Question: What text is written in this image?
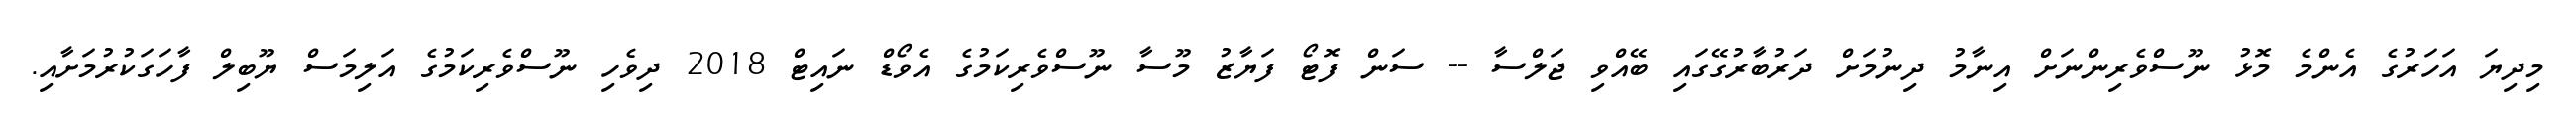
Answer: މިދިޔަ އަހަރުގެ އެންމެ މޮޅު ނޫސްވެރިންނަށް އިނާމު ދިނުމަށް ދަރުބާރުގޭގައި ބޭއްވި ޖަލްސާ -- ސަން ފޮޓޯ ފަޔާޒު މޫސާ ނޫސްވެރިކަމުގެ އެވޯޑް ނައިޓް 2018 ދިވެހި ނޫސްވެރިކަމުގެ އަލިމަސް ޔޫބިލް ފާހަގަކުރުމަށާއި.